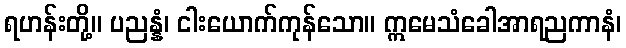
ရဟန်းတို့။ ပညန္နံ၊ ငါးယောက်ကုန်သော။ ဣမေသံခေါအာရညကာနံ၊